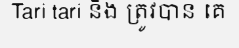
Tari tari និង ត្រូវបាន គេ